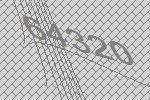
64320